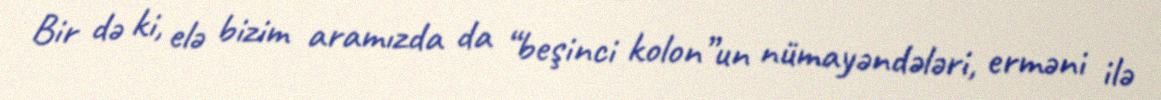
Bir də ki, elə bizim aramızda da “beşinci kolon”un nümayəndələri, erməni ilə